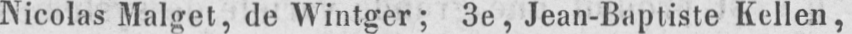
Nicolas Malget, de Wintger; 3e, Jean-Baptiste Kellen,